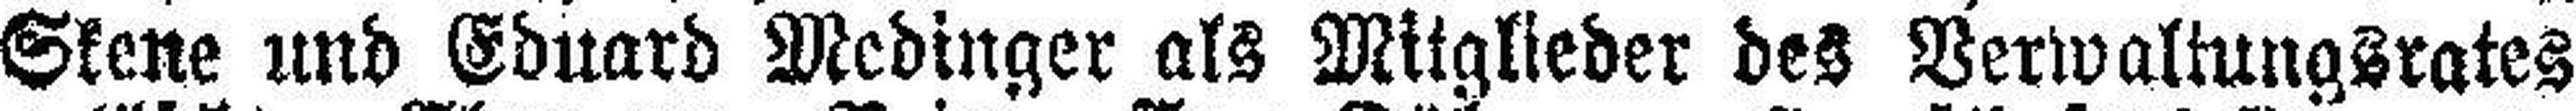
Skene und Eduard Medinger als Mitglieder des Verwaltungsrates